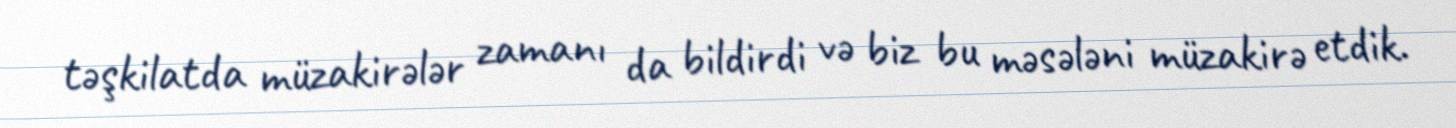
təşkilatda müzakirələr zamanı da bildirdi və biz bu məsələni müzakirə etdik.